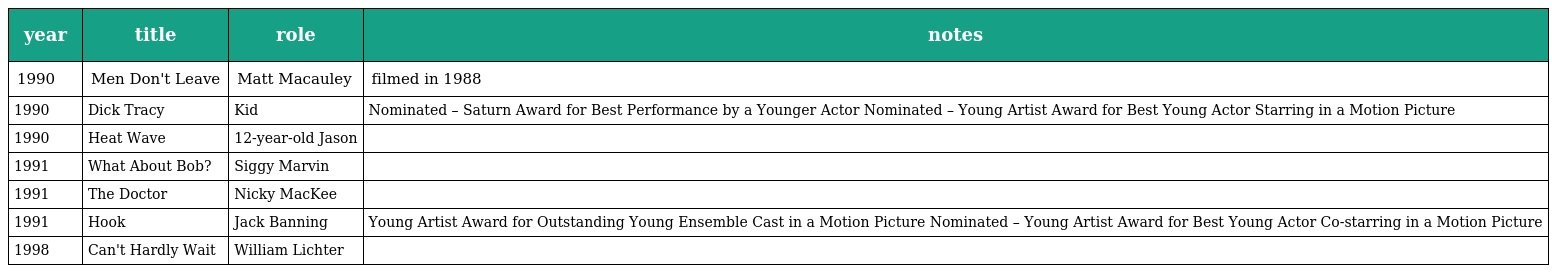
| year | title | role | notes |
 | --- | --- | --- | --- |
 | 1990 | Men Don't Leave | Matt Macauley | filmed in 1988 |
 | 1990 | Dick Tracy | Kid | Nominated – Saturn Award for Best Performance by a Younger Actor Nominated – Young Artist Award for Best Young Actor Starring in a Motion Picture |
 | 1990 | Heat Wave | 12-year-old Jason |  |
 | 1991 | What About Bob? | Siggy Marvin |  |
 | 1991 | The Doctor | Nicky MacKee |  |
 | 1991 | Hook | Jack Banning | Young Artist Award for Outstanding Young Ensemble Cast in a Motion Picture Nominated – Young Artist Award for Best Young Actor Co-starring in a Motion Picture |
 | 1998 | Can't Hardly Wait | William Lichter |  |